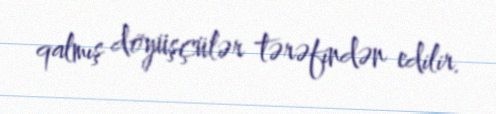
qalmış döyüşçülər tərəfindən edilir.